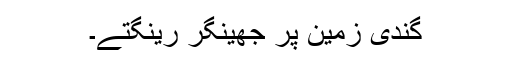
گندی زمین پر جھینگر رینگتے۔